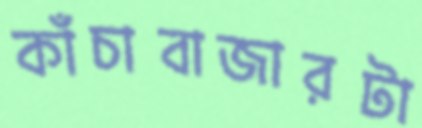
কাঁচাবাজারটা